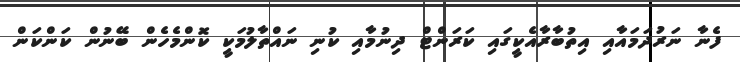
ފެނާ ނަރުދަމައާއި އިތުބާރާއެކީގައި ކަރަންޓް ދިނުމާއި ކުނި ނައްތާލުމަކީ ކޮންމެހެން ބޭނުން ކަންކަން